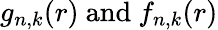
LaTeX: g_{n,k}(r){\mathrm{~and~}}f_{n,k}(r)